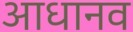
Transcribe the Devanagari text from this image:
आधानव